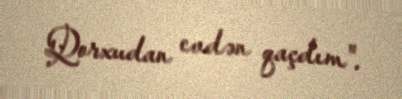
Qorxudan evdən qaçdım".